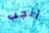
أنجب